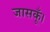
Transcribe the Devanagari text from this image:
जासकूँ।